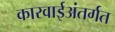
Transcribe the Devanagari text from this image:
कारवाईअंतर्गत